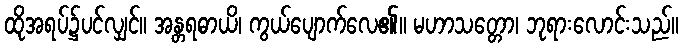
ထိုအရပ်၌ပင်လျှင်။ အန္တရဓာယိ၊ ကွယ်ပျောက်လေ၏။ မဟာသတ္တော၊ ဘုရားလောင်းသည်။